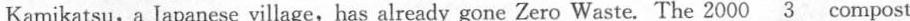
Kamikatsu,a Japanese village,has already gone Zero Waste. The 2000 \underline{3} compost